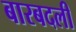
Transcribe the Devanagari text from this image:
बारबदली